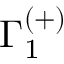
\Gamma _ { 1 } ^ { ( + ) }